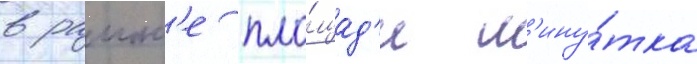
в раион'е пло́щад'и м'ину́тка